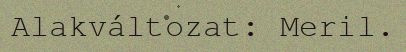
Alakváltozat: Meril.